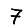
Digit: 7